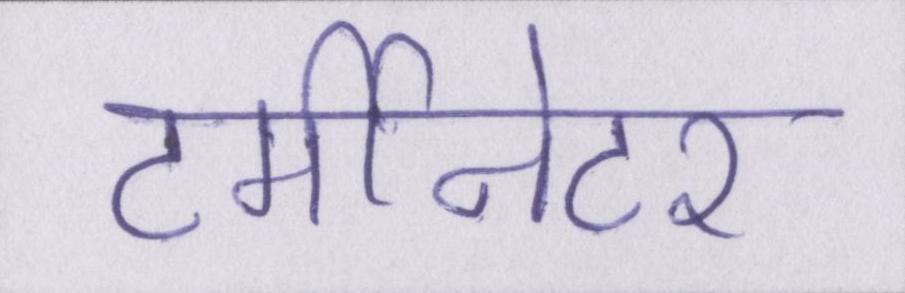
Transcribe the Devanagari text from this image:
टर्मीनेटर